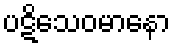
ပဋိသေဝမာနော